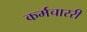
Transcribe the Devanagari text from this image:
कर्मचाररी